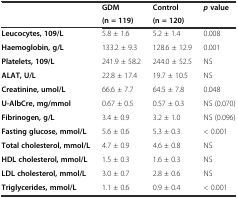
| <ROWSPAN=2>  | GDM | Control | <ROWSPAN=2> pvalue |
 | (n = 119) | (n = 120) |
 | --- | --- | --- | --- |
 | Leucocytes, 109/L | 5.8 ± 1.6 | 5.2 ± 1.4 | 0.008 |
 | Haemoglobin, g/L | 133.2 ± 9.3 | 128.6 ± 12.9 | 0.001 |
 | Platelets, 109/L | 241.9 ± 58.2 | 244.0 ± 52.5 | NS |
 | ALAT, U/L | 22.8 ± 17.4 | 19.7 ± 10.5 | NS |
 | Creatinine, umol/L | 66.6 ± 7.7 | 64.5 ± 7.8 | 0.048 |
 | U-AlbCre, mg/mmol | 0.67 ± 0.5 | 0.57 ± 0.3 | NS (0.070) |
 | Fibrinogen, g/L | 3.4 ± 0.9 | 3.2 ± 1.0 | NS (0.096) |
 | Fasting glucose, mmol/L | 5.6 ± 0.6 | 5.3 ± 0.3 | < 0.001 |
 | Total cholesterol, mmol/L | 4.7 ± 0.9 | 4.6 ± 0.8 | NS |
 | HDL cholesterol, mmol/L | 1.5 ± 0.3 | 1.6 ± 0.3 | NS |
 | LDL cholesterol, mmol/L | 3.0 ± 0.7 | 2.8 ± 0.6 | NS |
 | Triglycerides, mmol/L | 1.1 ± 0.6 | 0.9 ± 0.4 | < 0.001 |